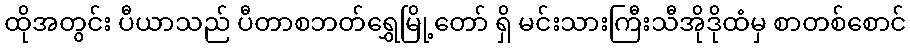
ထိုအတွင်း ပီယာသည် ပီတာစဘတ်ရွှေမြို့တော် ရှိ မင်းသားကြီးသီအိုဒိုထံမှ စာတစ်စောင်